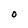
Character: O